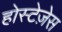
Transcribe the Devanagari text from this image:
होस्टेज़ेस